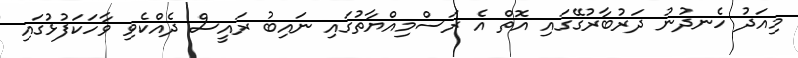
މިއަދު ހެނދުނު ދަރުބާރުގޭގައި އޮތް އެ ރަސްމިއްޔާތުގައި ނައިބު ރައީސް ދެއްކެވި ވާހަކަފުޅުގައި